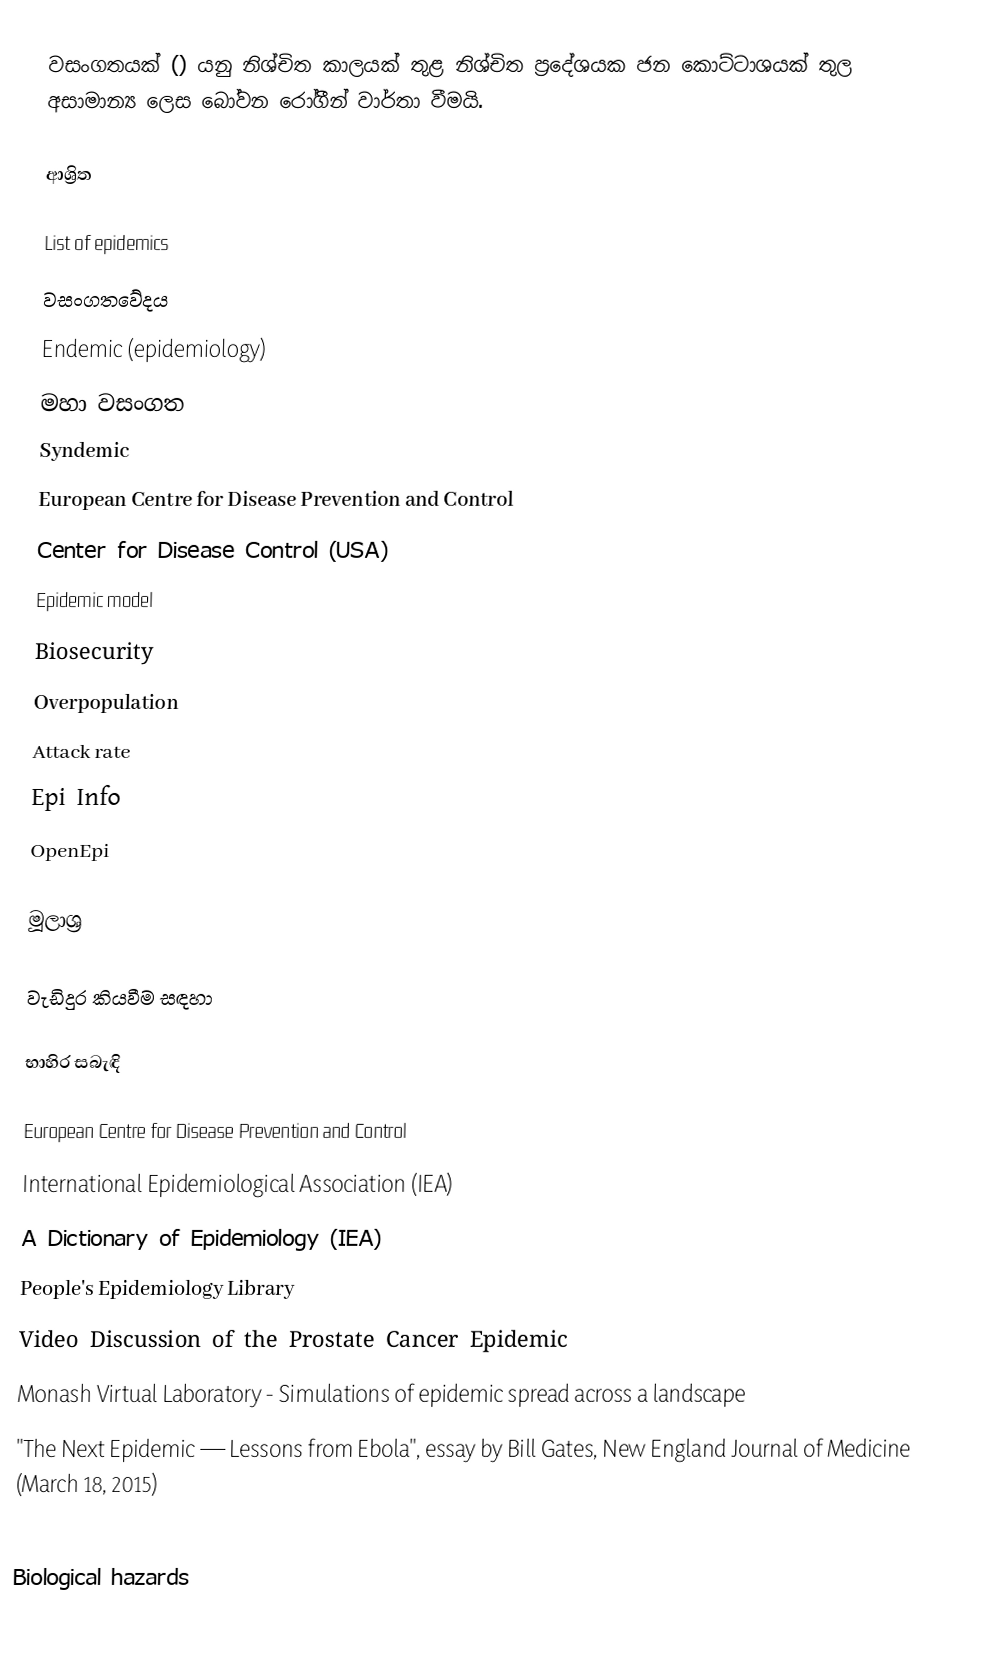
වසංගතයක් () යනු නිශ්චිත කාලයක් තුළ නිශ්චිත ප්‍රදේශයක ජන කොට්ටාශයක් තුල  අසාමාන්‍ය ලෙස බෝවන රෝගීන් වාර්තා වීමයි.

ආශ්‍රිත

 List of epidemics
 වසංගතවේදය
 Endemic (epidemiology)
 මහා වසංගත
 Syndemic
 European Centre for Disease Prevention and Control
 Center for Disease Control (USA)
 Epidemic model
 Biosecurity
 Overpopulation
 Attack rate
 Epi Info
 OpenEpi

මූලාශ්‍ර

වැඩිදුර කියවීම සඳහා

භාහිර සබැඳි

 European Centre for Disease Prevention and Control
 International Epidemiological Association (IEA)
 A Dictionary of Epidemiology (IEA)
 People's Epidemiology Library
 Video Discussion of the Prostate Cancer Epidemic
 Monash Virtual Laboratory - Simulations of epidemic spread across a landscape
 "The Next Epidemic — Lessons from Ebola", essay by Bill Gates, New England Journal of Medicine (March 18, 2015)

Biological hazards